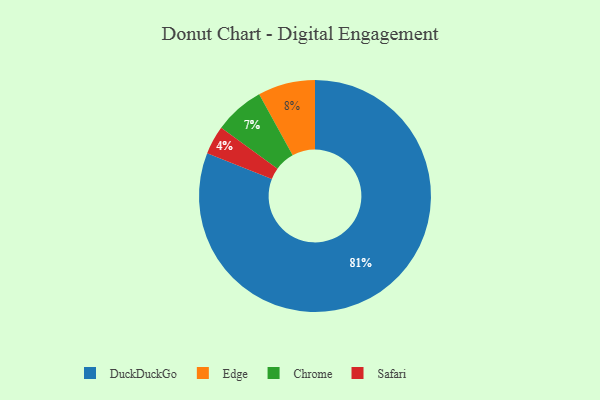
{"axis": {"x": "Category", "y": "Percentage"}, "legend": ["Chrome", "DuckDuckGo", "Edge", "Safari"], "data": [{"x": "DuckDuckGo", "y": 81, "type": "DuckDuckGo"}, {"x": "Safari", "y": 4, "type": "Safari"}, {"x": "Chrome", "y": 7, "type": "Chrome"}, {"x": "Edge", "y": 8, "type": "Edge"}]}